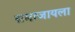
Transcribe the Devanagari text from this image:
समाजायला